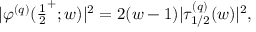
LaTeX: | \varphi ^ { ( q ) } ( { \textstyle { \frac { 1 } { 2 } } } ^ { + } ; w ) | ^ { 2 } = 2 ( w - 1 ) | \tau _ { 1 / 2 } ^ { ( q ) } ( w ) | ^ { 2 } ,